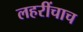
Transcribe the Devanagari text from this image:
लहरींचाच